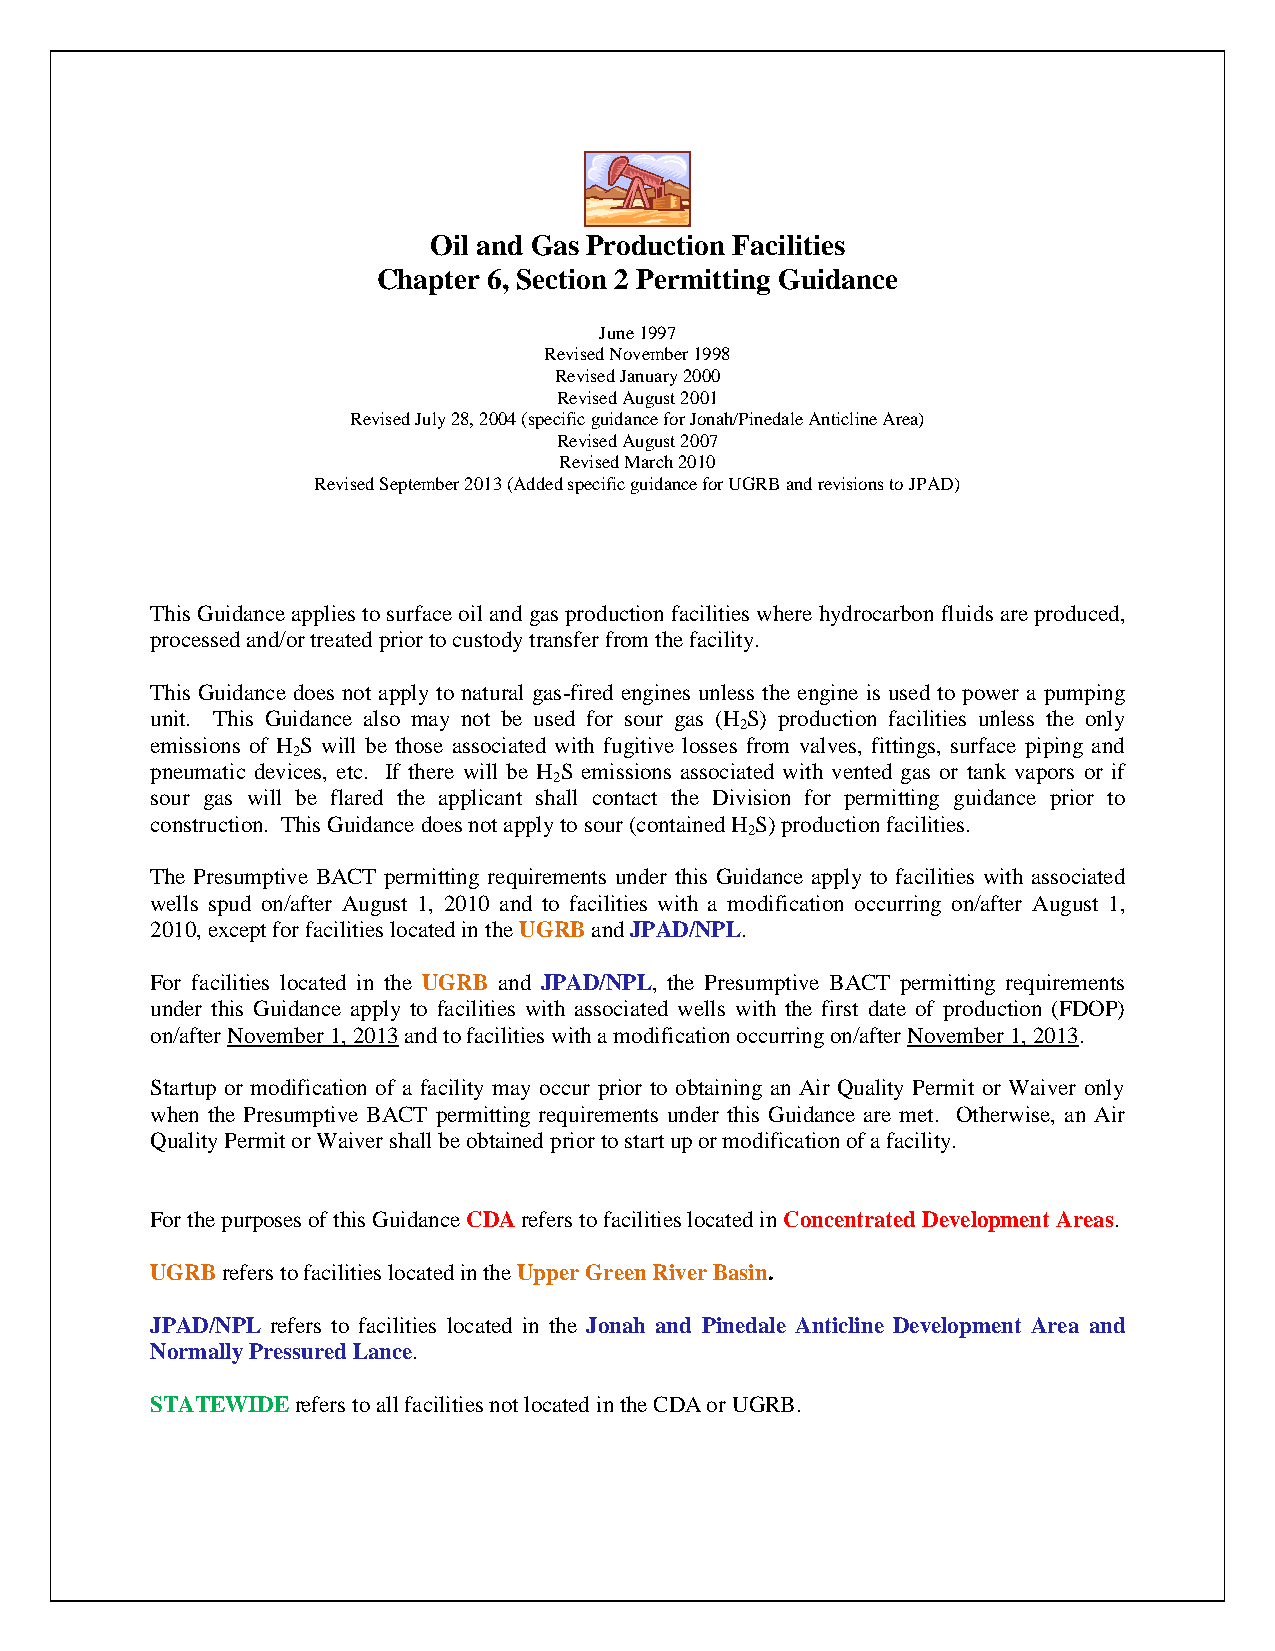
Oil and Gas Production Facilities
 Chapter 6, Section 2 Permitting Guidance
 June 1997
 Revised November 1998
 Revised January 2000
 Revised August 2001
 Revised July 28, 2004 (specific guidance for Jonah/Pinedale Anticline Area)
 Revised August 2007
 Revised March 2010
 Revised September 2013 (Added specific guidance for UGRB and revisions to JPAD)
 This Guidance applies to surface oil and gas production facilities where hydrocarbon fluids are produced,
 processed and/or treated prior to custody transfer from the facility.
 This Guidance does not apply to natural gas-fired engines unless the engine is used to power a pumping
 unit. This Guidance also may not be used for sour gas (H S) production facilities unless the only
 2
 emissions of H S will be those associated with fugitive losses from valves, fittings, surface piping and
 2
 pneumatic devices, etc. If there will be H S emissions associated with vented gas or tank vapors or if
 2
 sour gas will be flared the applicant shall contact the Division for permitting guidance prior to
 construction. This Guidance does not apply to sour (contained H S) production facilities.
 2
 The Presumptive BACT permitting requirements under this Guidance apply to facilities with associated
 wells spud on/after August 1, 2010 and to facilities with a modification occurring on/after August 1,
 2010, except for facilities located in the UGRB and JPAD/NPL.
 For facilities located in the UGRB and JPAD/NPL, the Presumptive BACT permitting requirements
 under this Guidance apply to facilities with associated wells with the first date of production (FDOP)
 on/after November 1, 2013 and to facilities with a modification occurring on/after November 1, 2013.
 Startup or modification of a facility may occur prior to obtaining an Air Quality Permit or Waiver only
 when the Presumptive BACT permitting requirements under this Guidance are met. Otherwise, an Air
 Quality Permit or Waiver shall be obtained prior to start up or modification of a facility.
 For the purposes of this Guidance CDA refers to facilities located in Concentrated Development Areas.
 UGRB refers to facilities located in the Upper Green River Basin.
 JPAD/NPL refers to facilities located in the Jonah and Pinedale Anticline Development Area and
 Normally Pressured Lance.
 STATEWIDE refers to all facilities not located in the CDA or UGRB.